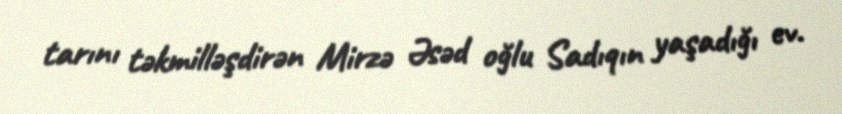
tarını təkmilləşdirən Mirzə Əsəd oğlu Sadıqın yaşadığı ev.